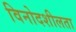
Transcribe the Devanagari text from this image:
विनोदशीलता